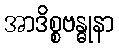
အာဒိစ္စဗန္ဓုနာ